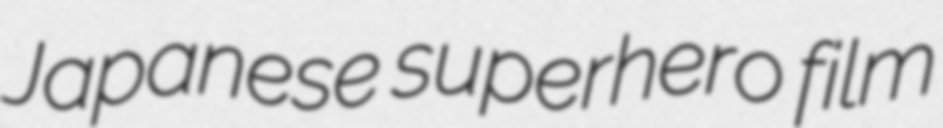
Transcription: Japanese superhero film